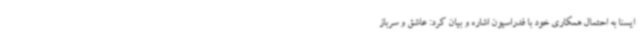
ایسنا به احتمال همکاری خود با فدراسیون اشاره و بیان کرد: عاشق و سرباز